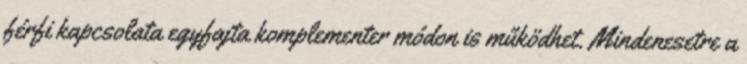
férﬁ kapcsolata egyfajta komplementer módon is működhet. Mindenesetre a